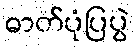
ဓာတ်ပုံပြပွဲ